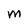
Character: m